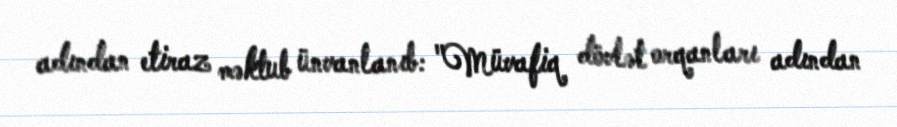
adından etiraz məktub ünvanlanıb: "Müvafiq dövlət orqanları adından